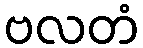
ဗလတံ